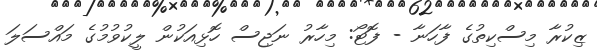
ޒިކުރާ މިސްކިތުގެ ފާހަނާ - ފޮޓޯ: މިހާރު ނަޖިސް ހޮޅިއަކުން ލީކުވުމުގެ މައްސަލަ